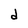
Character: d